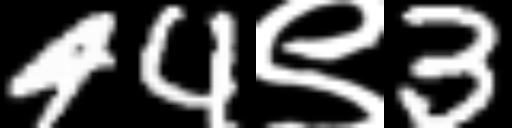
Text: 44९3